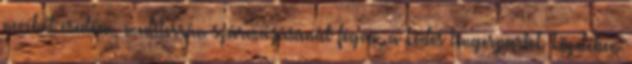
nevéből eredően, mediterrán származásánál fogva, a ködös tengerpartok közelében